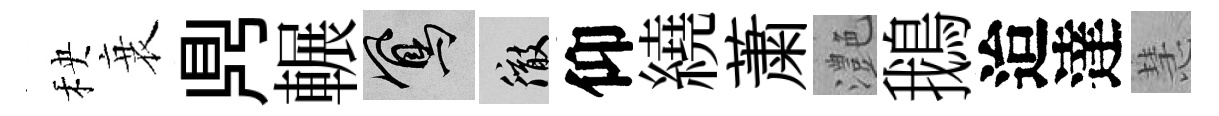
秧衰𪔂輾鳳徹仰繞䔥灔鵝迨達慧